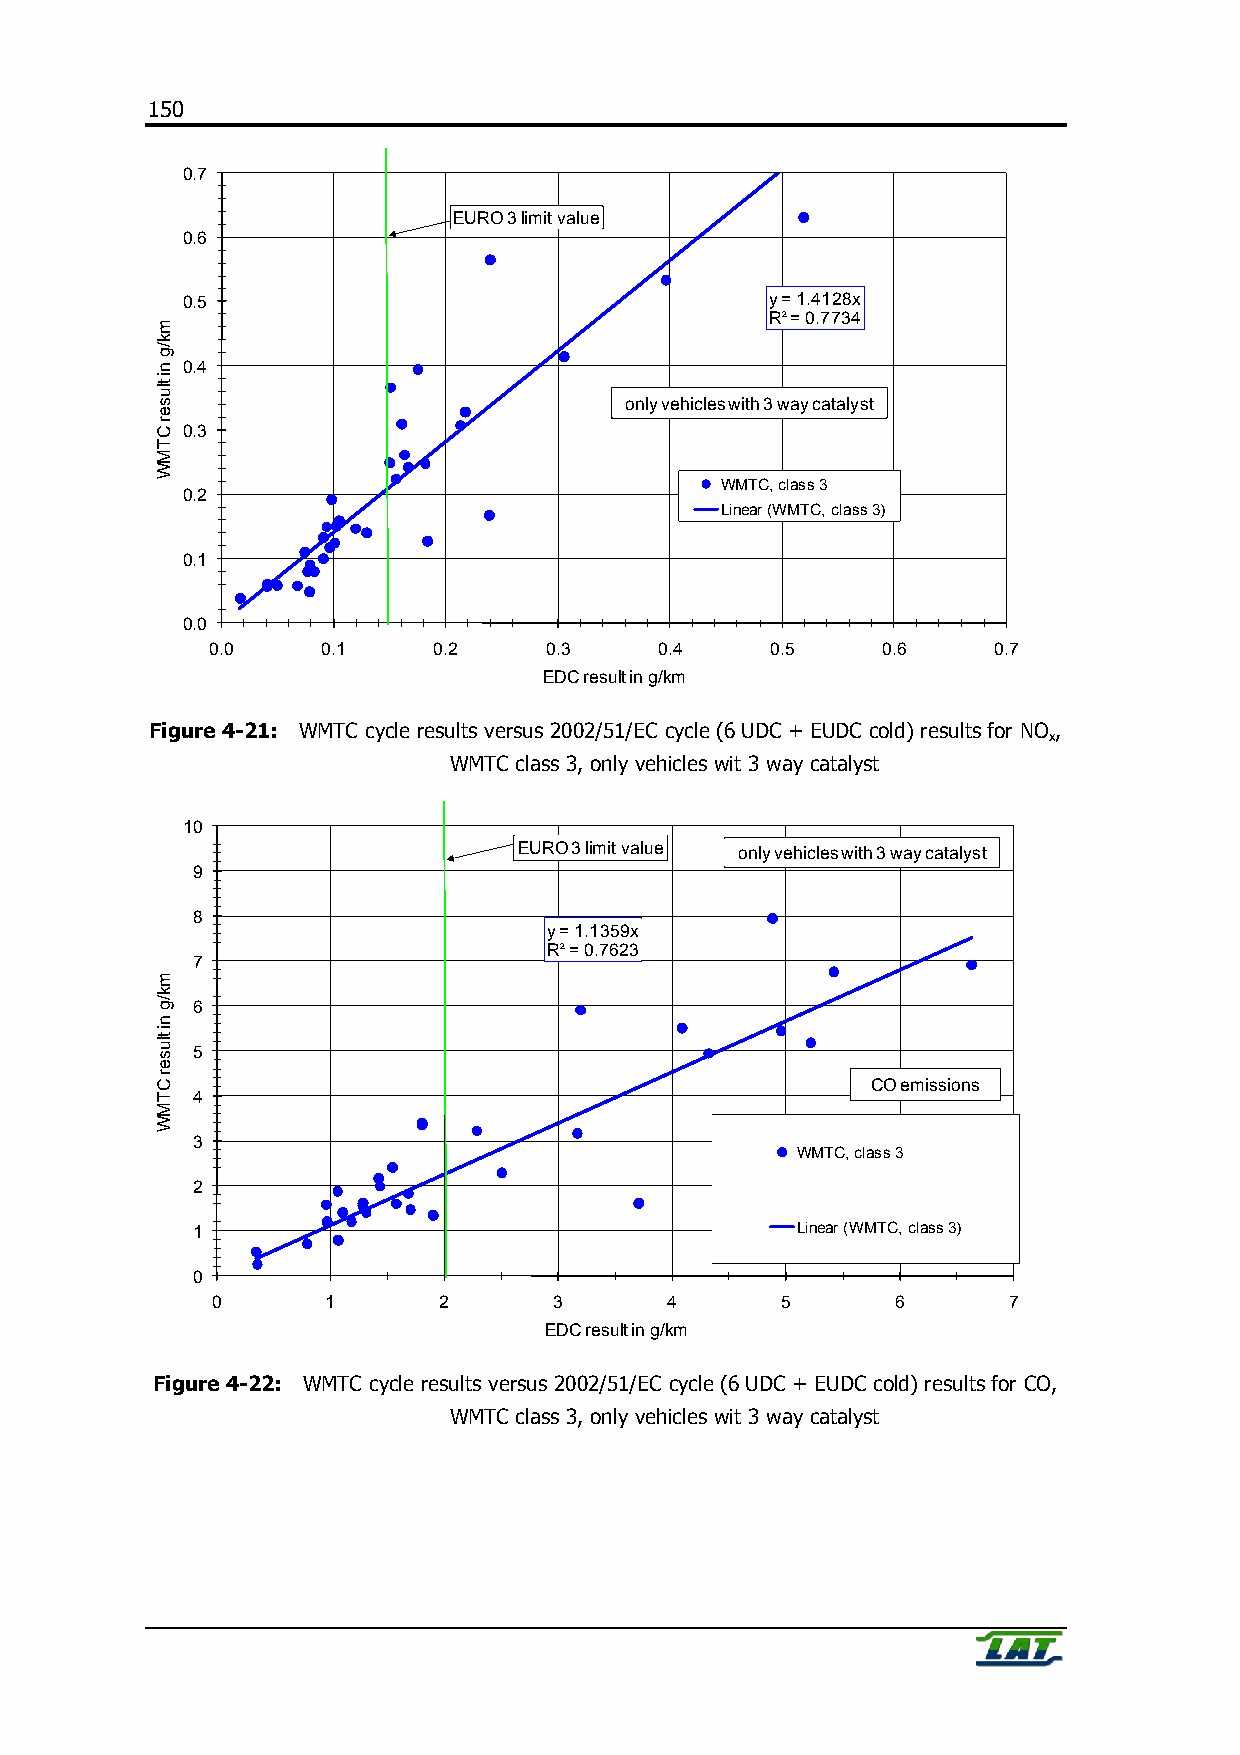
150
 0.7
 EURO 3 limit value
 0.6
 0.5                                    y = 1.4128x
 R² = 0.7734
 0.4
 only vehicles with 3 way catalyst
 0.3
 WMTC, class 3
 0.2
 Linear (WMTC, class 3)
 0.1
 0.0
 0.0    0.1     0.2    0.3     0.4    0.5    0.6     0.7
 EDC result in g/km
 Figure 4-21: WMTC cycle results versus 2002/51/EC cycle (6 UDC + EUDC cold) results for NO ,
 x
 WMTC class 3, only vehicles wit 3 way catalyst
 10
 EURO 3 limit value only vehicles with 3 way catalyst
 9
 8
 y = 1.1359x
 R² = 0.7623
 7
 6
 5
 CO emissions
 4
 3
 WMTC, class 3
 2
 1                                       Linear (WMTC, class 3)
 0
 0       1      2       3      4       5      6       7
 EDC result in g/km
 Figure 4-22: WMTC cycle results versus 2002/51/EC cycle (6 UDC + EUDC cold) results for CO,
 WMTC class 3, only vehicles wit 3 way catalyst
 mk/g
 ni
 tluser
 CTMW
 mk/g
 ni
 tluser
 CTMW